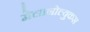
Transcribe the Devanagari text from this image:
मेलानोल्युकस